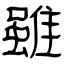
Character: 雖